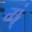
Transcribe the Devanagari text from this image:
म्ं